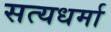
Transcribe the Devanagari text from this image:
सत्यधर्मा